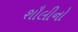
શૌલીનો